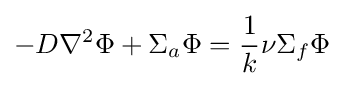
-D\nabla ^{2}\Phi +\Sigma _{a}\Phi ={\frac {1}{k}}\nu \Sigma _{f}\Phi